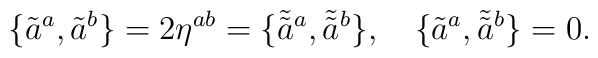
\{ \tilde{a}^a, \tilde{a}^b\} = 2\eta^{ab} = \{\tilde{\tilde{a}}{}^a, \tilde{\tilde{a}}{ }^b\}, \quad \{\tilde{a}^a, \tilde{\tilde{a}}{ }^b\} = 0.